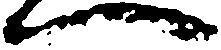
へ